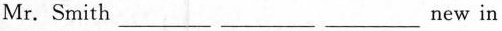
Mr. Smith \underline new in